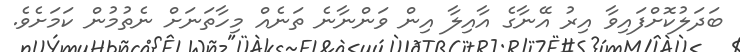
ބަދަލުކޮށްފައިވާ އިރު އޭނާގެ އާއިލާ އިން ވަންނާނެ ތަނެއް މިހާތަނަށް ނެތުމުން ކަމަށެވެ.